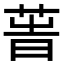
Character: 𦱗